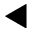
\blacktriangleleft